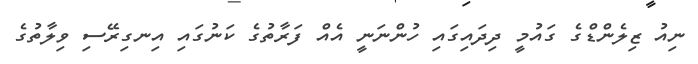
ނިއު ޒިލެންޑްގެ ގައުމީ ދިދައިގައި ހުންނަނީ އެއް ފަރާތުގެ ކަނުގައި އިނގިރޭސި ވިލާތުގެ